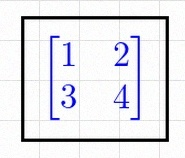
\begin{bmatrix}1&2\\3&4\end{bmatrix}